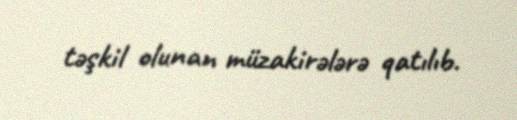
təşkil olunan müzakirələrə qatılıb.